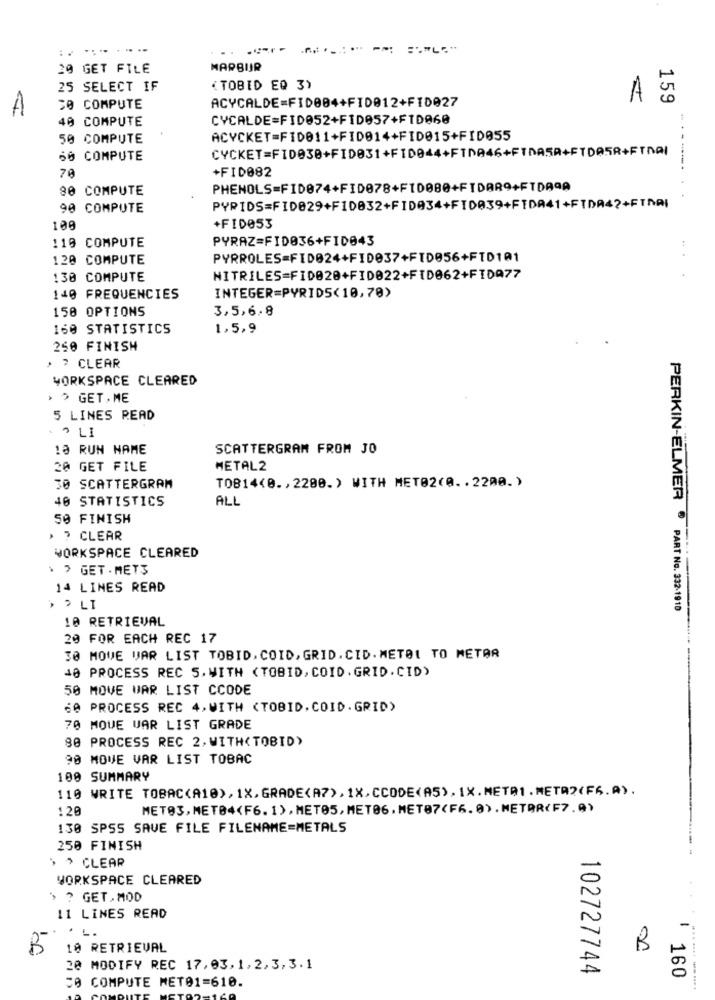
.......---
20 GET FILE
MARBUJR
25 SELECT IF
< TOBID EQ 3)
159
A
30 COMPUTE
ACYCALDE=FID004+FI0012+FID027
40 COMPUTE
CYCALDE=FID052+FID057+FID060
50 COMPUTE
ACYCKET=FID011+FID014+FID015+FID055
CYCKET=FID030+FID031+FID044+FTDA46+FTDASA+FTD058+FINAI
60 COMPUTE
-------
70
+FID082
80 COMPUTE
PHENOLS-FID074+FID078+F10080+FTDAR9+FTDA9A
90 COMPUTE
PYRIDS=FID029+FID032+FID034+FID039+FIDA41+FTDA42+FINAI
109
+FID053
PYRAZ=FID036+FID043
119 COMPUTE
120 COMPUTE
PYRROLES=FID024+FID037+FID056+FTD101
.. .
130 COMPUTE
NITRILES=FID020+FID022+FID062+FIDA77
140 FREQUENCIES
INTEGER=PYRIDS<10,70)
150 OPTIONS
3,5,6,8
160 STATISTICS
1,5,9
250 FINISH
· 7 CLEAR
WORKSPACE CLEARED
› › GET, ME
5 LINES READ
LI
13 RUN NAME
SCATTERGRAM FROM JO
20 GET FILE
METAL2
T0814(0 ., 2200.) WITH MET02(0 .. 2200. )
30 SCATTERGRAM
40 STATISTICS
ALL
50 FINISH
> ? CLEAR
WORKSPACE CLEARED
› › GET. MET3
14 LINES READ
› › LI
PERKIN-ELMER ® PART No. 332-1910
10 RETRIEVAL
20 FOR EACH REC 17
30 MOVE VAR LIST TOBID, COID, GRID. CID. METOL TO METAR
40 PROCESS REC S. WITH <TOBID, COID. GRID.CID)
50 MOVE WAR LIST CCODE
60 PROCESS REC 4,WITH <TOBID. COID. GRID>
70 MQUE UAR LIST GRADE
80 PROCESS REC 2. WITH(TOBID)
90 MOVE VAR LIST TOBAC
100 SUMMARY
110 WRITE TOBAC(A10), 1X, GRADE<A7), 1X,CCODE<A5), 1X.META1.METR?(FS.A) .
:20
METO3,MET04(F6.1), MET05, MET06. MET87(F6. 0) . NETAR(F7.9)
130 SPSS SAVE FILE FILENAME=METALS
250 FINISH
, , CLEAR
WORKSPACE CLEARED
> ? GET.MOD
11 LINES READ
L.
B
18 RETRIEVAL
B
20 MODIFY REC 17,03,1,2,3,3.1
102727744
160
50 COMPUTE MET01=610.